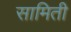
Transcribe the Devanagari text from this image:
सामिती